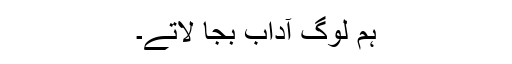
ہم لوگ آداب بجا لاتے۔